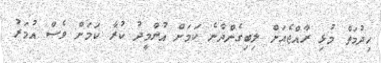
ހިދުމަތް މުޅި ރާއްޖެއަށް ލިބިގެންދާނެ ކަމަށް އުންމީދު ކުރާ ކަމަށް ވެސް އުމަރު